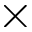
\times